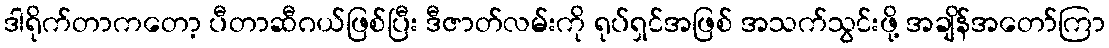
ဒါရိုက်တာကတော့ ပီတာဆီဂယ်ဖြစ်ပြီး ဒီဇာတ်လမ်းကို ရုပ်ရှင်အဖြစ် အသက်သွင်းဖို့ အချိန်အတော်ကြာ